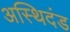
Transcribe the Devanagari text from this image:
अस्थिदंड